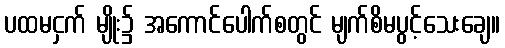
ပထမငှက် မျိုး၌ အကောင်ပေါက်စတွင် မျက်စိမပွင့်သေးချေ။